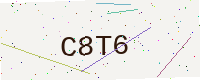
Text: C8T6